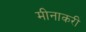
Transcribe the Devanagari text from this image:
मीनाकरी